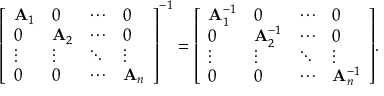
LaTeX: { \left[ \begin{array} { l l l l } { \mathbf { A } _ { 1 } } & { 0 } & { \cdots } & { 0 } \\ { 0 } & { \mathbf { A } _ { 2 } } & { \cdots } & { 0 } \\ { \vdots } & { \vdots } & { \ddots } & { \vdots } \\ { 0 } & { 0 } & { \cdots } & { \mathbf { A } _ { n } } \end{array} \right] } ^ { - 1 } = { \left[ \begin{array} { l l l l } { \mathbf { A } _ { 1 } ^ { - 1 } } & { 0 } & { \cdots } & { 0 } \\ { 0 } & { \mathbf { A } _ { 2 } ^ { - 1 } } & { \cdots } & { 0 } \\ { \vdots } & { \vdots } & { \ddots } & { \vdots } \\ { 0 } & { 0 } & { \cdots } & { \mathbf { A } _ { n } ^ { - 1 } } \end{array} \right] } .